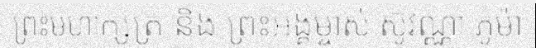
ព្រះមហាក្សត្រ និង ព្រះអង្គម្ចាស់ ស៊ូវណ្ណា ភូម៉ា